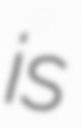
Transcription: is